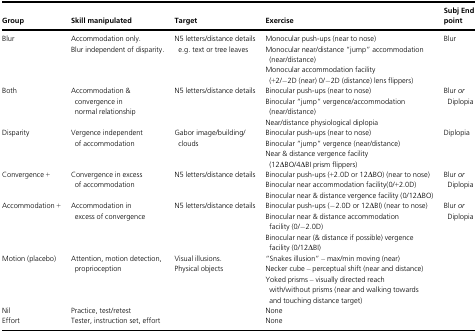
<table><thead><tr><td><b>Group</b></td><td><b>Skill manipulated</b></td><td><b>Target</b></td><td><b>Exercise</b></td><td><b>Subj End point</b></td></tr></thead><tbody><tr><td>Blur</td><td>Accommodation only.Blur independent of disparity.</td><td>N5 letters/distance details e.g. text or tree leaves</td><td>Monocular push-ups (near to nose)Monocular near/distance “jump” accommodation (near/distance)Monocular accommodation facility (+2/−2D (near) 0/−2D (distance) lens flippers)</td><td>Blur</td></tr><tr><td>Both</td><td>Accommodation &amp; convergence in normal relationship</td><td>N5 letters/distance details</td><td>Binocular push-ups (near to nose)Binocular “jump” vergence/accommodation (near/distance)Near/distance physiological diplopia</td><td>Blur <i>or</i> Diplopia</td></tr><tr><td>Disparity</td><td>Vergence independent of accommodation</td><td>Gabor image/building/clouds</td><td>Binocular push-ups (near to nose)Binocular “jump” vergence (near/distance)Near &amp; distance vergence facility (12ΔBO/4ΔBI prism flippers)</td><td>Diplopia</td></tr><tr><td>Convergence +</td><td>Convergence in excess of accommodation</td><td>N5 letters/distance details</td><td>Binocular push-ups (+2.0D or 12ΔBO) (near to nose)Binocular near accommodation facility(0/+2.0D)Binocular near &amp; distance vergence facility (0/12ΔBO)</td><td>Blur <i>or</i> Diplopia</td></tr><tr><td>Accommodation +</td><td>Accommodation in excess of convergence</td><td>N5 letters/distance details</td><td>Binocular push-ups (−2.0D or 12ΔBI) (near to nose)Binocular near &amp; distance accommodation facility (0/−2.0D)Binocular near (&amp; distance if possible) vergence facility (0/12ΔBI)</td><td>Blur <i>or</i> Diplopia</td></tr><tr><td>Motion (placebo)</td><td>Attention, motion detection, proprioception</td><td>Visual illusions.Physical objects</td><td>“Snakes illusion” – max/min moving (near)Necker cube – perceptual shift (near and distance)Yoked prisms – visually directed reach with/without prisms (near and walking towards and touching distance target)</td><td></td></tr><tr><td>Nil</td><td>Practice, test/retest</td><td></td><td>None</td><td></td></tr><tr><td>Effort</td><td>Tester, instruction set, effort</td><td></td><td>None</td><td></td></tr></tbody></table>